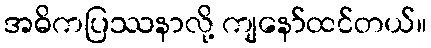
အဓိကပြဿနာလို့ ကျနော်ထင်တယ်။